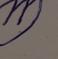
Signature authenticity: forged